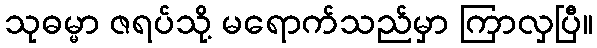
သုဓမ္မာ ဇရပ်သို့ မရောက်သည်မှာ ကြာလှပြီ။